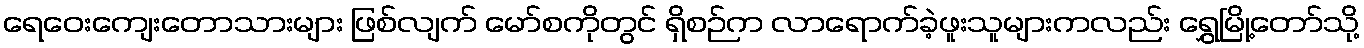
ရေဝေးကျေးတောသားများ ဖြစ်လျက် မော်စကိုတွင် ရှိစဉ်က လာရောက်ခဲ့ဖူးသူများကလည်း ရွှေမြို့တော်သို့